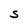
Character: S